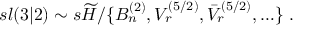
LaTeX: s l ( 3 | 2 ) \sim s \widetilde { { \cal H } } / \{ B _ { n } ^ { ( 2 ) } , V _ { r } ^ { ( 5 / 2 ) } , \bar { V } _ { r } ^ { ( 5 / 2 ) } , \ldots \} \; .